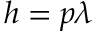
h = p \lambda